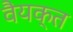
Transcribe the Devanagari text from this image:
वैयक्त